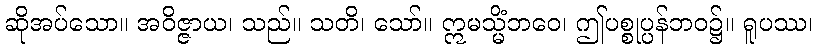
ဆိုအပ်သော။ အဝိဇ္ဇာယ၊ သည်။ သတိ၊ သော်။ ဣမသ္မိံဘဝေ၊ ဤပစ္စုပ္ပန်ဘဝ၌။ ရူပဿ၊